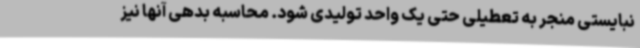
نبایستی منجر به تعطیلی حتی یک واحد تولیدی شود. محاسبه بدهی آنها نیز